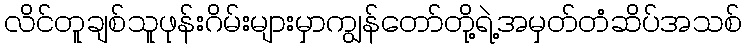
လိင်တူချစ်သူဖုန်းဂိမ်းများမှာကျွန်တော်တို့ရဲ့အမှတ်တံဆိပ်အသစ်